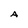
Character: A